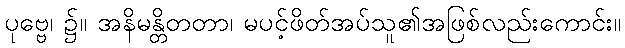
ပုဗ္ဗေ၊ ၌။ အနိမန္တိတတာ၊ မပင့်ဖိတ်အပ်သူ၏အဖြစ်လည်းကောင်း။